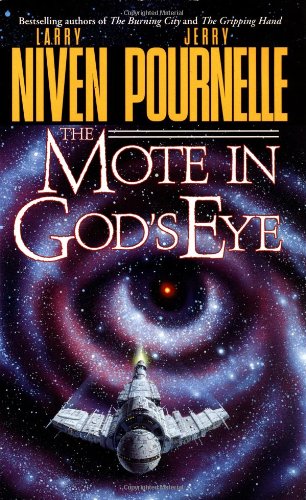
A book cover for The Mote in God's Eye; Larry Niven; Science Fiction & Fantasy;